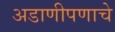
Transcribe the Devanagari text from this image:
अडाणीपणाचे